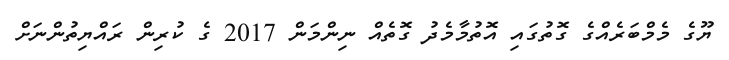
ޔޫގެ މެމްބަރެއްގެ ގޮތުގައި އޮތުމާމެދު ގޮތެއް ނިންމަން 2017 ގެ ކުރިން ރައްޔިތުންނަށް